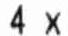
4 X